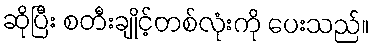
ဆိုပြီး စတီးချိုင့်တစ်လုံးကို ပေးသည်။